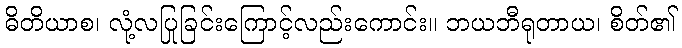
ဓိတိယာစ၊ လုံ့လပြုခြင်းကြောင့်လည်းကောင်း။ ဘယဘီရုတာယ၊ စိတ်၏